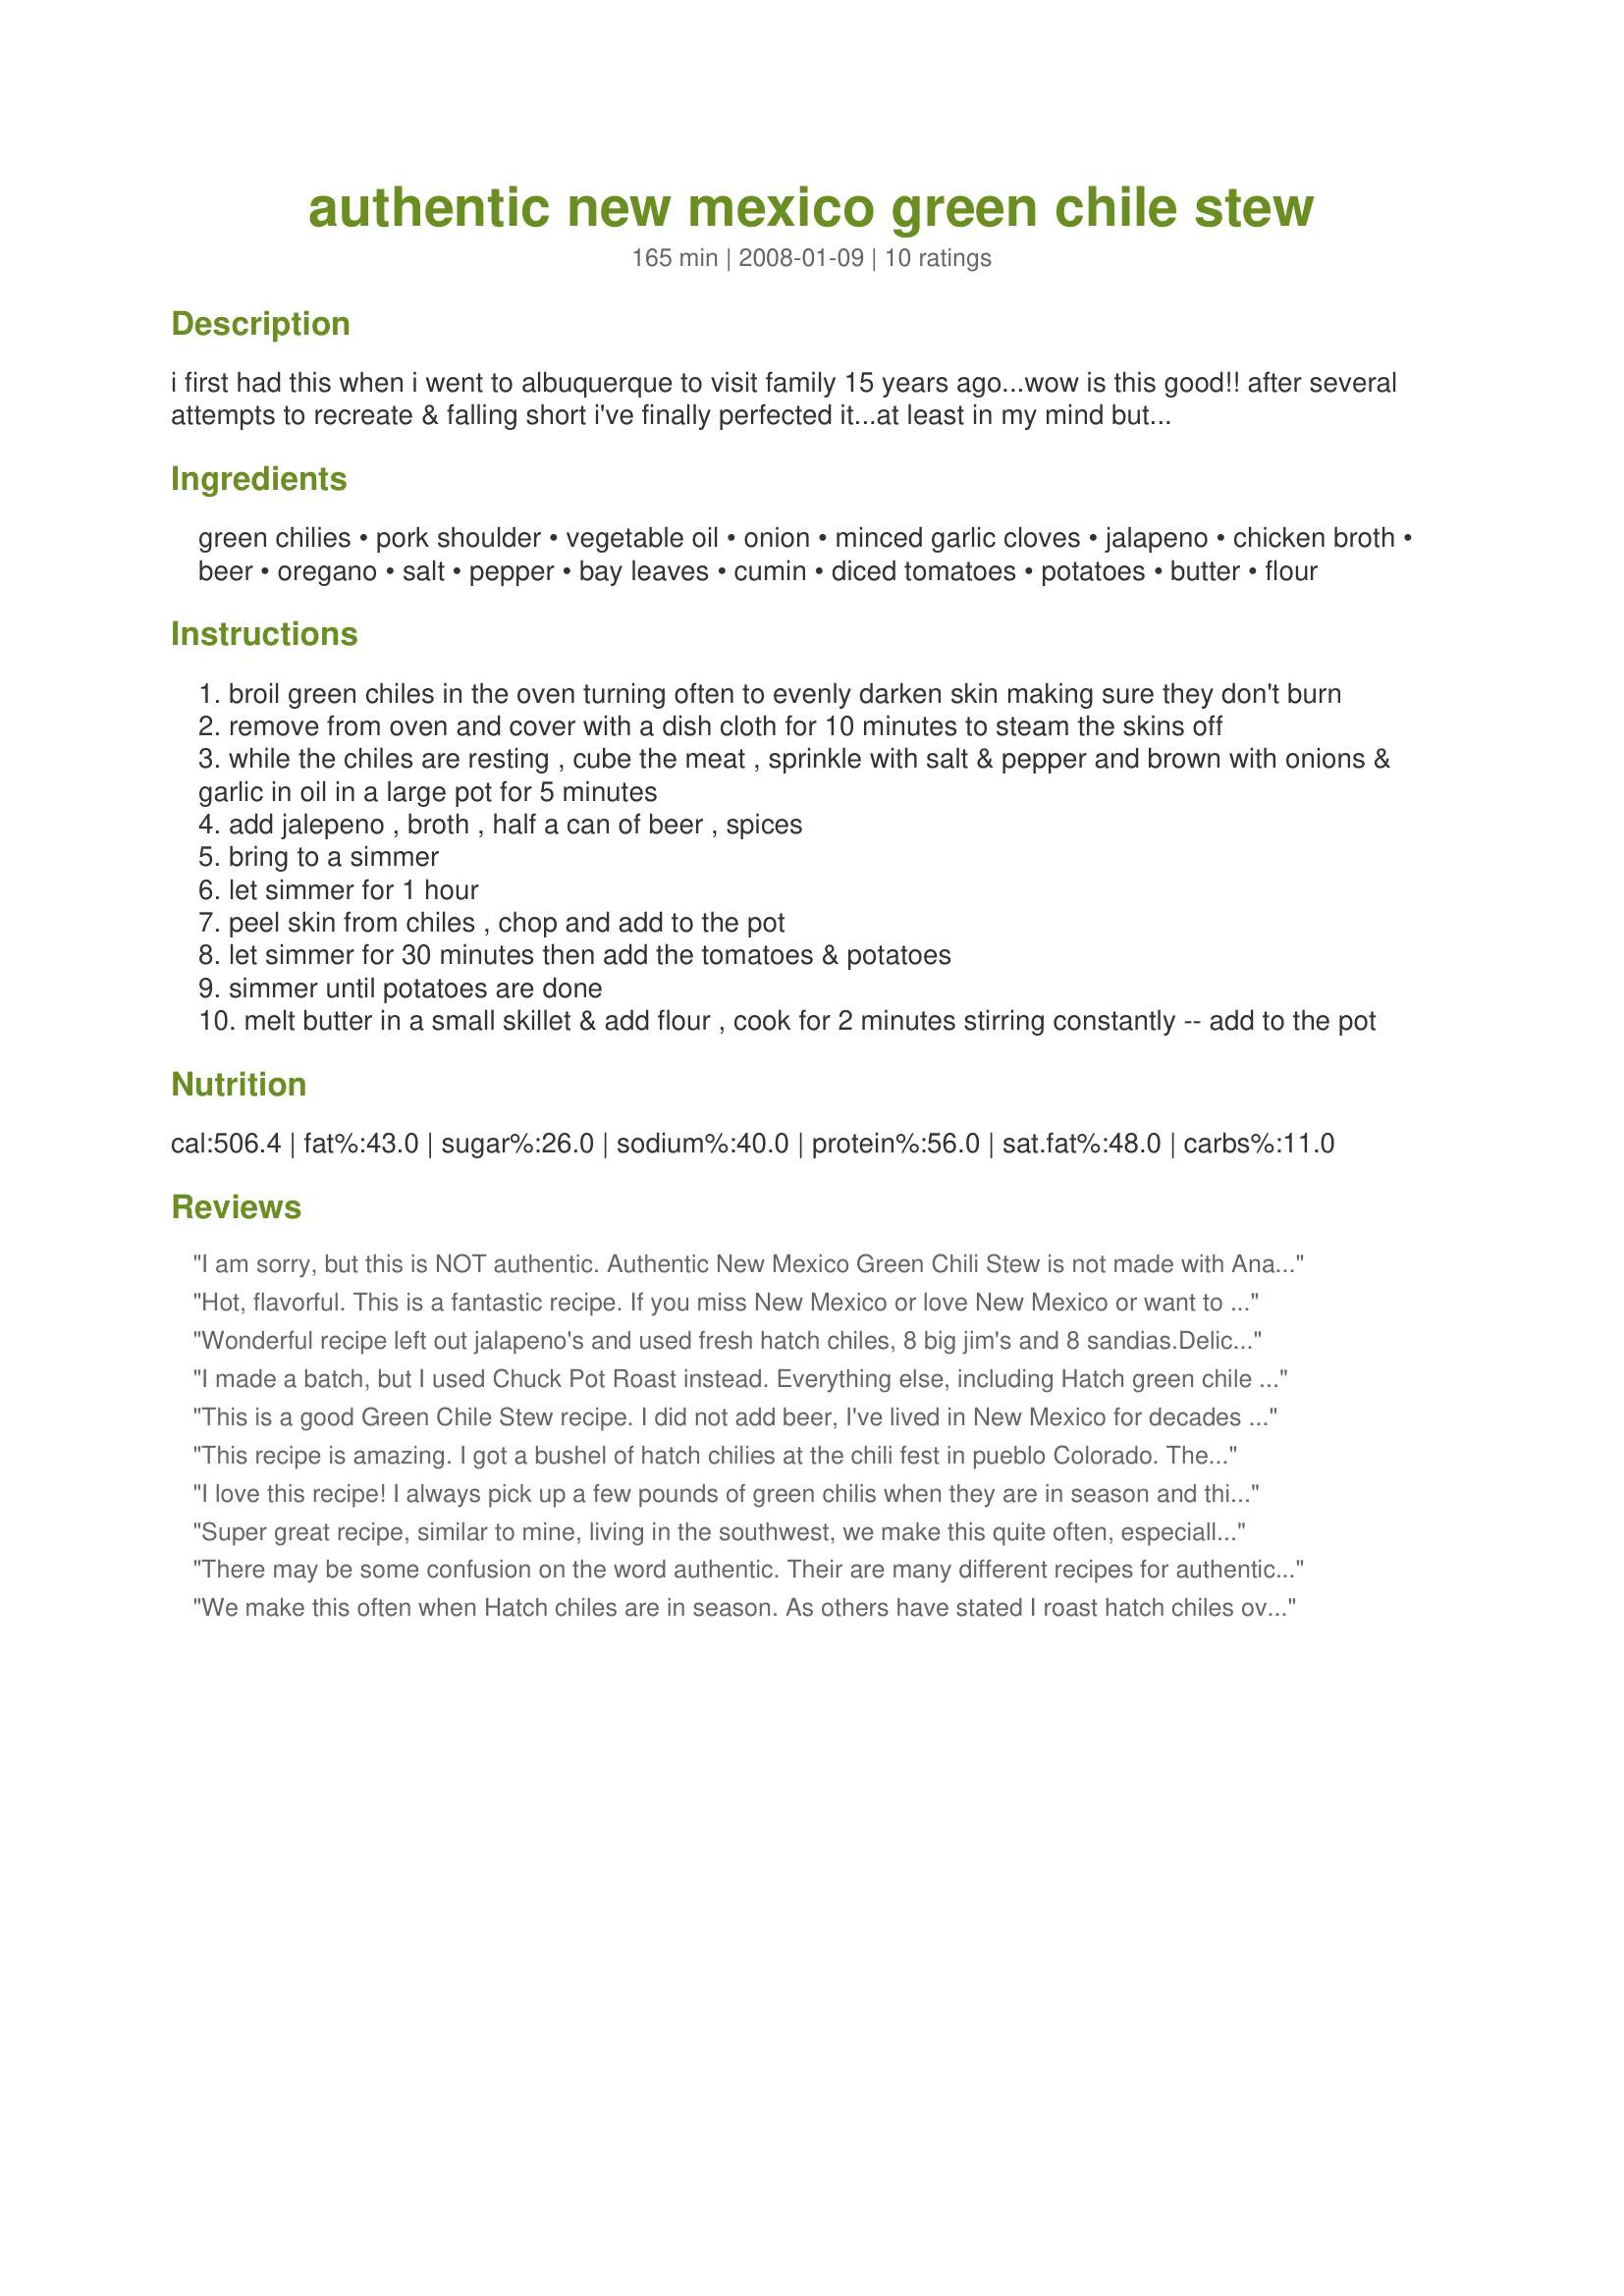
authentic new mexico green chile stew
Preparation time: 165 minutes

i first had this when i went to albuquerque to visit family 15 years ago...wow is this good!! after several attempts to recreate & falling short i've finally perfected it...at least in my mind but i haven't had the real stuff in over 8 years :( this recipe is so tasty and worth the time it takes to put together...try it out!

Ingredients:
green chilies, pork shoulder, vegetable oil, onion, minced garlic cloves, jalapeno, chicken broth, beer, oregano, salt, pepper, bay leaves, cumin, diced tomatoes, potatoes, butter, flour

Steps:
broil green chiles in the oven turning often to evenly darken skin making sure they don't burn
remove from oven and cover with a dish cloth for 10 minutes to steam the skins off
while the chiles are resting , cube the meat , sprinkle with salt & pepper and brown with onions & garlic in oil in a large pot for 5 minutes
add jalepeno , broth , half a can of beer , spices
bring to a simmer
let simmer for 1 hour
peel skin from chiles , chop and add to the pot
let simmer for 30 minutes then add the tomatoes & potatoes
simmer until potatoes are done
melt butter in a small skillet & add flour , cook for 2 minutes stirring constantly -- add to the pot

Reviews:
I am sorry, but this is NOT authentic. Authentic New Mexico Green Chili Stew is not made with Anaheim peppers, but Hatch Green Chili peppers. The Anaheim, by comparison, lacks flavor and heat, which is what Green Chili Stew is known for.
Hot, flavorful. This is a fantastic recipe. If you miss New Mexico or love New Mexico or want to come on down to flavor town; make it.
Wonderful recipe left out jalapeno's and used fresh hatch chiles, 8 big jim's and 8 sandias.Delicious!!
I made a batch, but I used Chuck Pot Roast instead. Everything else, including Hatch green chile stayed the same. It turned out very very good. I always have frozen chile in my freezer. Thank you for the recipe!
This is a good Green Chile Stew recipe. I did not add beer, I've lived in New Mexico for decades and have never seen it used. I just substitute about a cup of water and added about 4 ounces of tomato sauce and a chopped tomato along with the canned tomatoes. It was delicious!
This recipe is amazing. I got a bushel of hatch chilies at the chili fest in pueblo Colorado. They roasted and peeled them for me at the fest. Ive had them in my freezer for a couple months. I added some habanero because i love spicy. But this recipe is simply amazing!
I love this recipe! I always pick up a few pounds of green chilis when they are in season and this is the perfect way to use them to their full potential. Taste so much like the stew I have when I visit New Mexico. Thanks for sharing!
Super great recipe, similar to mine, living in the southwest, we make this quite often, especially in the fall when the weather starts to cool down.<br/>only difference I have is that I fire up my charcoal grill and roast the chili's on the grill, when they are roasted, simply put in a plastic bag for bout an hour, then they peel very easy, I also roast my fresh tomatoes,onions, and garlic. And the pork on the grill as well as the jalapeno's. Better tasting..tasting and no mess in the kitchen. Excellent flavor when using mesquite charcoal...don't forget to drink half the beer while your roasting everything. Super recipe kind thanks. El paso.
There may be some confusion on the word authentic. Their are many different recipes for authentic green chile stew.

I grew up in New Mexico, and my mother would never add beer to anything, but my father used to do the chiles on the charcoal grill and wrap them in a damp paper towel put in a paper bag.

I now live in Michigan and can&#039;t get green chile except canned. not great, but better than anaheim, their awful.
We make this often when Hatch chiles are in season. As others have stated I roast hatch chiles over mesquite. I claim the best results are acheived by using a milder Hatch chile like a Big Jim and then bringing the heat up according to you tastes with a Barker or Sandia. Skip the Jalepenos. Skip the beer. Also, I prefer a beef stew, so I use beef broth instead of chicken. Potatoes make this recipe! I use as many potatoes as the remaining liquid will bear. Garnish with cheese, cilantro and sour cream. A twist of lime just before serving with crusty bread or warm tortillas. Yum!
